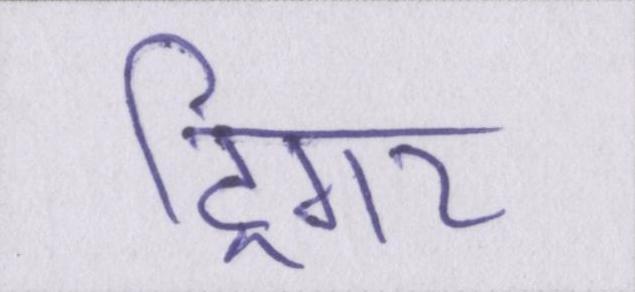
ट्रिगर